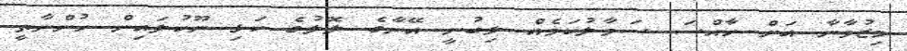
މިޒުވާނާ އަށް ހާއްސަ ސަމާލުކަމެއް ލިބުނީ އޭނާގެ ލޮލުގެ ކަޅި ނޫކުލައިން ހުންނާތީ